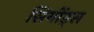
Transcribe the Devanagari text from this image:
सिमोंड्स